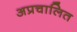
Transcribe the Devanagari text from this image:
अप्रचालित